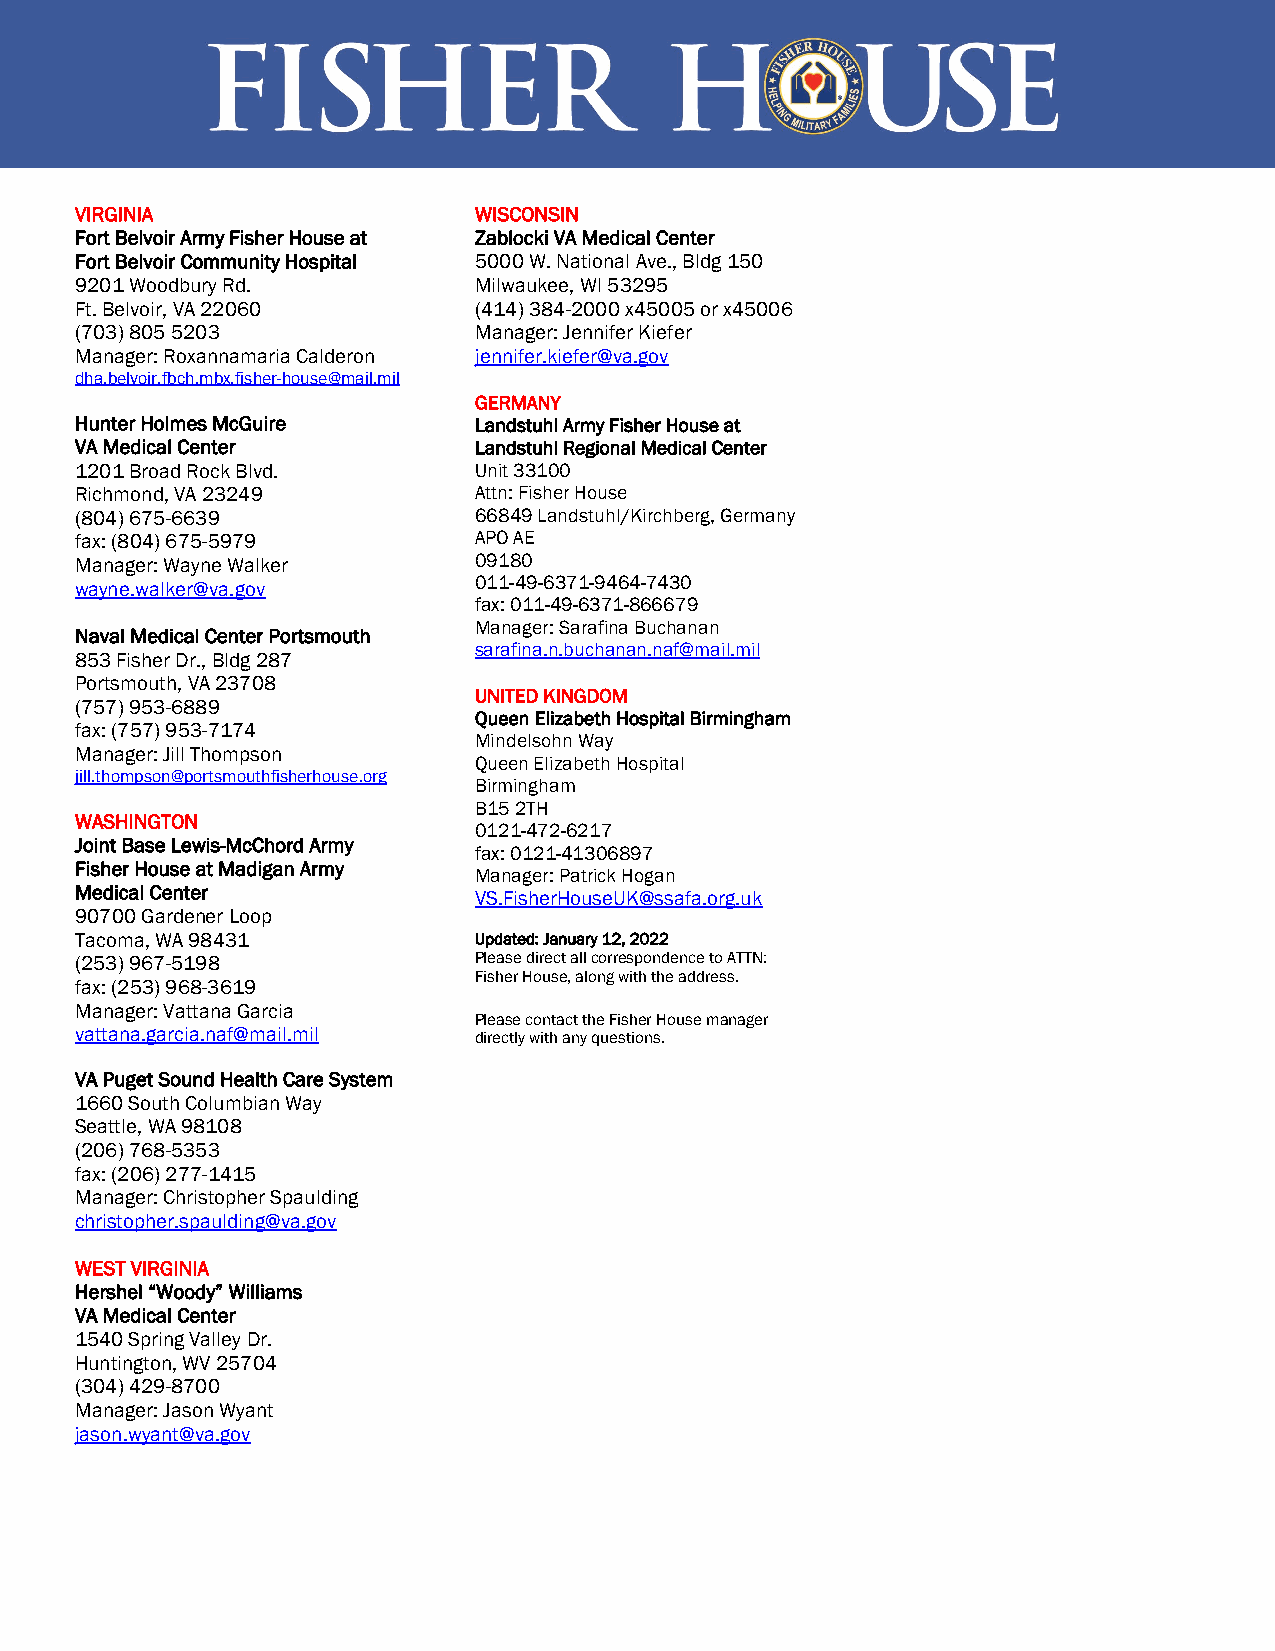
VIRGINIA                  WISCONSIN
 Fort Belvoir Army Fisher House at Zablocki VA Medical Center
 Fort Belvoir Community Hospital 5000 W. National Ave., Bldg 150
 9201 Woodbury Rd.         Milwaukee, WI 53295
 Ft. Belvoir, VA 22060     (414) 384-2000 x45005 or x45006
 (703) 805 5203            Manager: Jennifer Kiefer
 Manager: Roxannamaria Calderon jennifer.kiefer@va.gov
 dha.belvoir.fbch.mbx.fisher-house@mail.mil
 GERMANY
 Hunter Holmes McGuire     Landstuhl Army Fisher House at
 VA Medical Center         Landstuhl Regional Medical Center
 1201 Broad Rock Blvd.     Unit 33100
 Richmond, VA 23249        Attn: Fisher House
 (804) 675-6639            66849 Landstuhl/Kirchberg, Germany
 fax: (804) 675-5979       APO AE
 Manager: Wayne Walker     09180
 wayne.walker@va.gov       011-49-6371-9464-7430
 fax: 011-49-6371-866679
 Manager: Sarafina Buchanan
 Naval Medical Center Portsmouth
 sarafina.n.buchanan.naf@mail.mil
 853 Fisher Dr., Bldg 287
 Portsmouth, VA 23708
 UNITED KINGDOM
 (757) 953-6889
 Queen Elizabeth Hospital Birmingham
 fax: (757) 953-7174
 Mindelsohn Way
 Manager: Jill Thompson
 Queen Elizabeth Hospital
 jill.thompson@portsmouthfisherhouse.org
 Birmingham
 B15 2TH
 WASHINGTON
 0121-472-6217
 Joint Base Lewis-McChord Army
 fax: 0121-41306897
 Fisher House at Madigan Army
 Manager: Patrick Hogan
 Medical Center            VS.FisherHouseUK@ssafa.org.uk
 90700 Gardener Loop
 Tacoma, WA 98431          Updated: January 12, 2022
 (253) 967-5198            Please direct all correspondence to ATTN:
 Fisher House, along with the address.
 fax: (253) 968-3619
 Manager: Vattana Garcia
 Please contact the Fisher House manager
 vattana.garcia.naf@mail.mil directly with any questions.
 VA Puget Sound Health Care System
 1660 South Columbian Way
 Seattle, WA 98108
 (206) 768-5353
 fax: (206) 277-1415
 Manager: Christopher Spaulding
 christopher.spaulding@va.gov
 WEST VIRGINIA
 Hershel “Woody” Williams
 VA Medical Center
 1540 Spring Valley Dr.
 Huntington, WV 25704
 (304) 429-8700
 Manager: Jason Wyant
 jason.wyant@va.gov